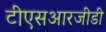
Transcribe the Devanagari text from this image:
टीएसआरजीडी